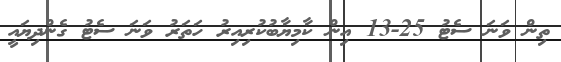
ތިން ވަނަ ސެޓު 25-13 އިން ކާމިޔާބުކުރިއިރު ހަތަރު ވަނަ ސެޓު ގެންދިޔައީ